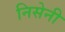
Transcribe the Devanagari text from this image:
निसेनी